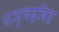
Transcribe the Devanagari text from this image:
पञ्चद्रविड़